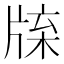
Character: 𤗊